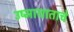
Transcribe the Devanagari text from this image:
उष्माघाताचे